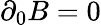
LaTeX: \partial_{0}B=0